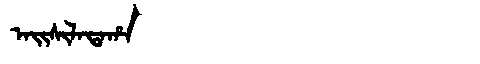
Manchu: ᠠᡳᠰᡳᠯᠠᡨᠠᡥᠠ
Romanization: AISILATAHA